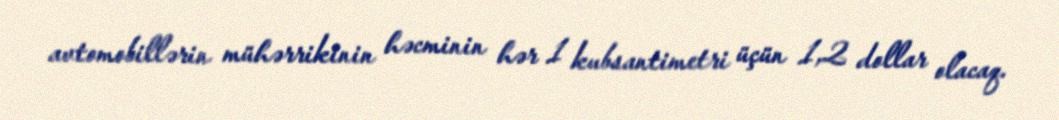
avtomobillərin mühərrikinin həcminin hər 1 kubsantimetri üçün 1,2 dollar olacaq.